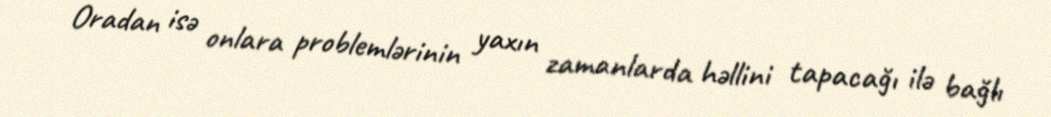
Oradan isə onlara problemlərinin yaxın zamanlarda həllini tapacağı ilə bağlı